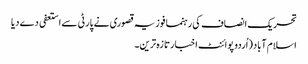
تحریک انصاف کی رہنما فوزیہ قصوری نے پارٹی سے استعفی دے دیا
اسلام آباد(اُردو پوائنٹ اخبارتازہ ترین۔